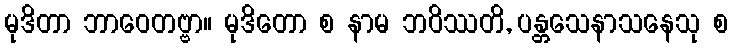
မုဒိတာ ဘာဝေတဗ္ဗာ။ မုဒိတော စ နာမ ဘဝိဿတိ, ပန္တသေနာသနေသု စ